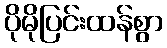
ပိုမိုပြင်းထန်စွာ